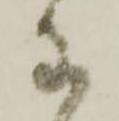
わ